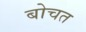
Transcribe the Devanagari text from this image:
बोचत